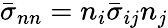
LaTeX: \bar{\sigma}_{nn}=n_{i}\bar{\sigma}_{ij}n_{j}